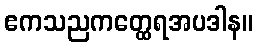
ဧကသညကတ္ထေရအပဒါန။